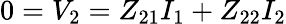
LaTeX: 0=V_{2}=Z_{21}I_{1}+Z_{22}I_{2}